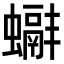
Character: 𧓞